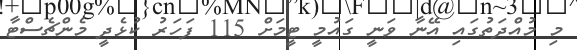
މި މުއްދަތުގައި އޭނާ ވަނީ ގައުމީ ޓީމަށް 115 ފަހަރު ކުޅެދީ މެންޗެސްޓާ